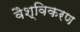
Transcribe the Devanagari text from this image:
वैश्विकरण